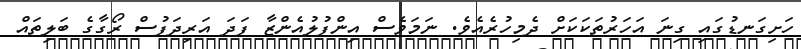
ހަށިގަނޑުގައި ގިނަ އަހަރުތަކަކަށް ދެމިހުރެއެވެ. ނަމަވެސް އިންފުލުއެންޒާ ފަދަ އަރިދަފުސް ރޯގާގެ ބަލިތައް